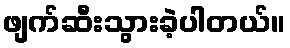
ဖျက်ဆီးသွားခဲ့ပါတယ်။